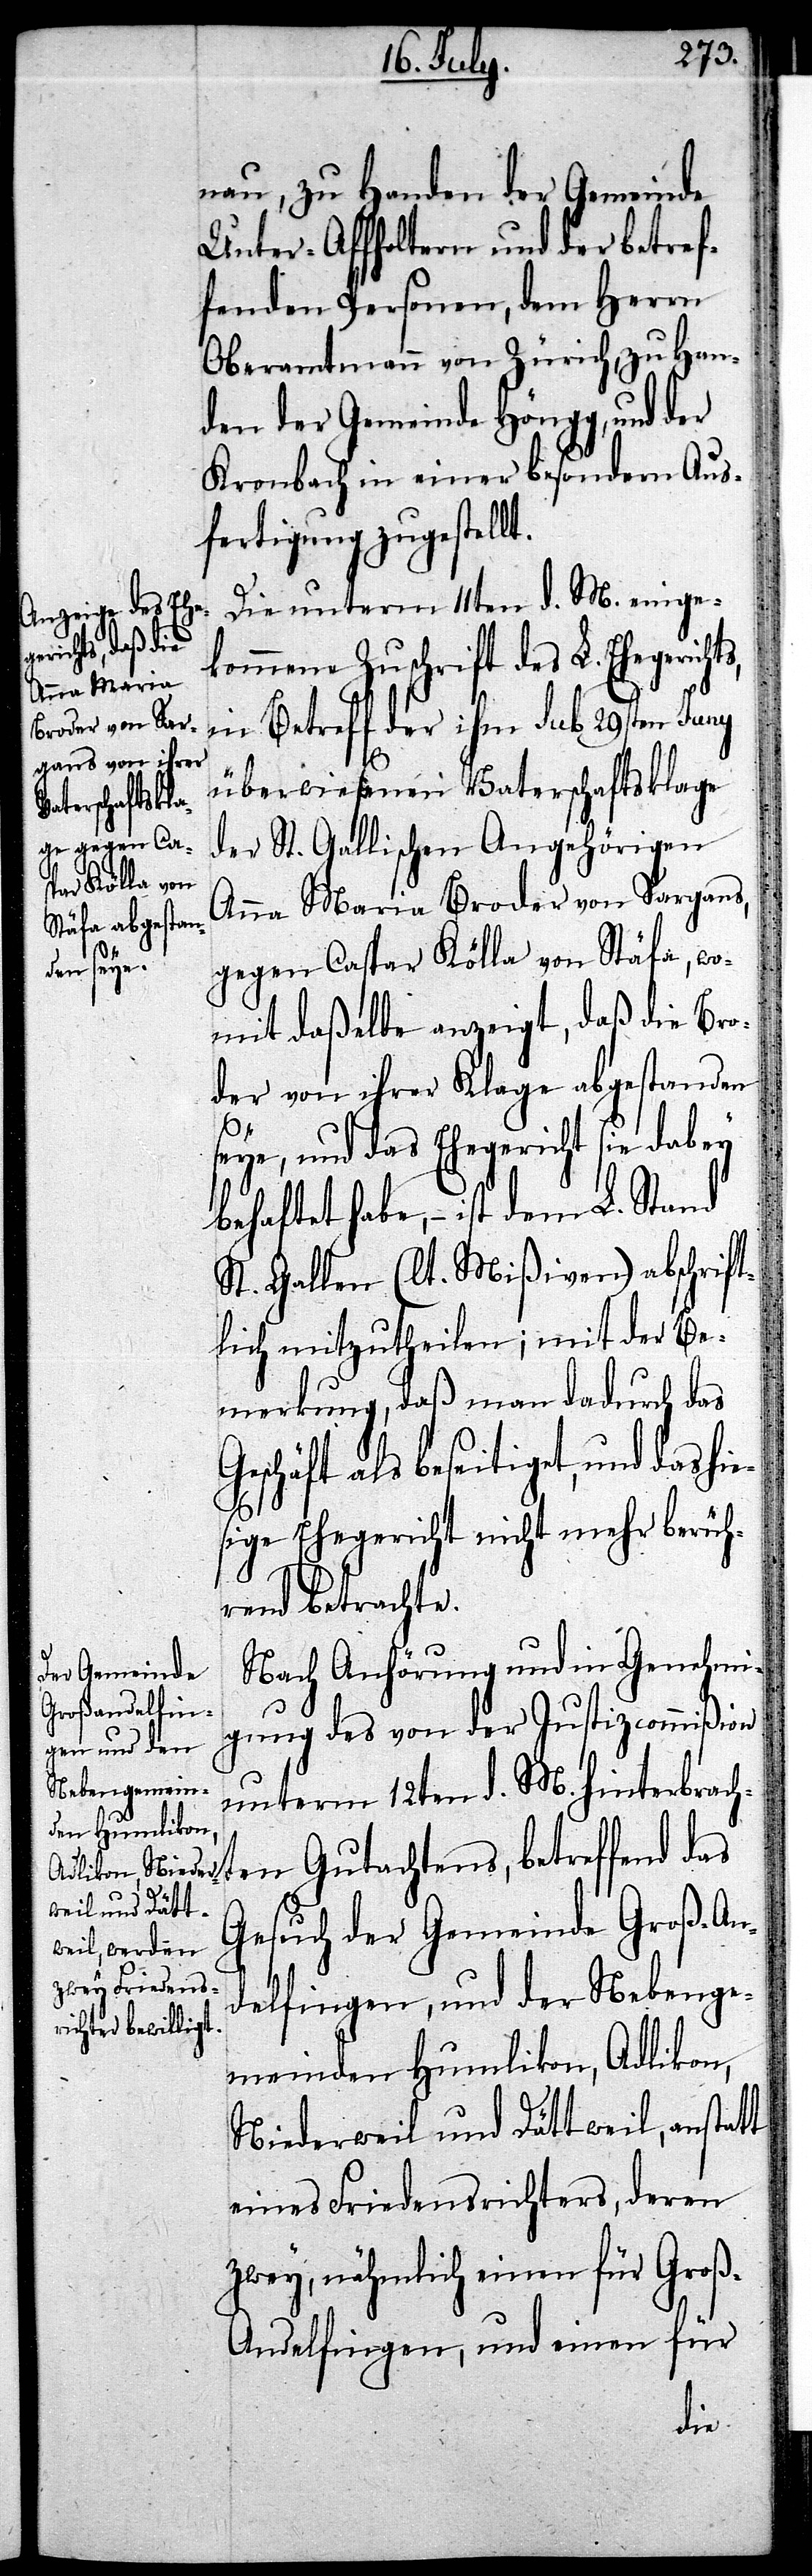
nau, zu Handen der Gemeinde
Unter-Affholtern und der betref¬
fenden Personen, dem Herrn
Oberamtmann zu Zürich, zu Han¬
den der Gemeinde Höngg, und der
Kronbach in einer besondern Aus¬
fertigung zugestellt.
Die unterm 11ten d. M. einge¬
kommene Zuschrift des L. Ehegericht¬
s,
in Betreff der ihm sub 29sten Juny
überwiesenen Vaterschaftsklage
der St. Gallischen Angehörigen
Anna Maria Broder von Sargans,
gegen Caspar Kölla von Stäfa, wo¬
mit daßelbe anzeigt, daß die Bro¬
der von ihrer Klage abgestanden
seye, und das Ehegericht sie dabey
behaftet habe, – ist dem L. S¬
t. Gallen (lt. Mißiven) abschrift¬
lich mitzutheilen; mit der Be¬
merkung, daß man dadurch das
Geschäft als beseitigt, und das hie¬
sige Ehegericht nicht mehr berüh¬
rend betrachte.
Nach Anhörung und in Genehmi¬
gung des von der Justizcommißion
unterm 12ten d. M. hinterbrach¬
ten Gutachtens, betreffend das
Gesuch der Gemeinde Groß-An¬
delfingen, und der Nebenge¬
meinden Humlikon, Adlikon,
Niederweil und Dättweil, anstatt
eines Friedensrichters, deren
zwey, nähmlich einen für Gro¬
ß-Andelfingen, und einen für